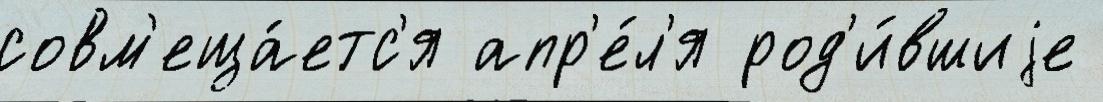
совм'еща́етс'я апр'е́л'я род'и́вшиjе